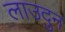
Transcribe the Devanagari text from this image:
लाउदुन